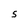
Character: S